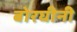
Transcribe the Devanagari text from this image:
बोरघीनी